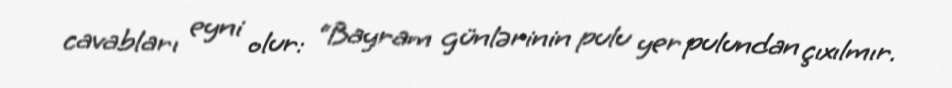
cavabları eyni olur: “Bayram günlərinin pulu yer pulundan çıxılmır.